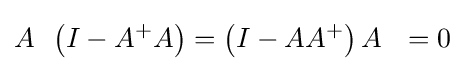
A\,\ \left(I-A^{+}A\right)=\left(I-AA^{+}\right)A\ \ =0